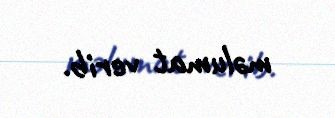
məlumat verib.